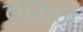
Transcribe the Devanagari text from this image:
बारुन